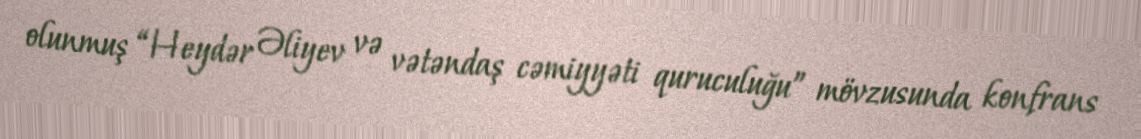
olunmuş “Heydər Əliyev və vətəndaş cəmiyyəti quruculuğu” mövzusunda konfrans